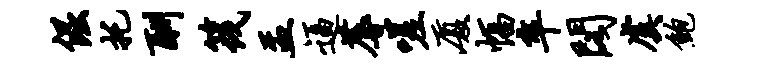
倔托酬筏盂逼蓐嗟厦幅卒阁虞鲍